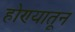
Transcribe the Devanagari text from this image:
होण्यातून